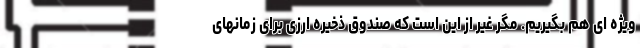
ویژه ای هم بگیریم. مگر غیر از این است که صندوق ذخیره ارزی برای زمانهای